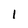
Character: l